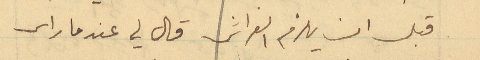
قبل ان يلزم الفراش قال لي عندما راى